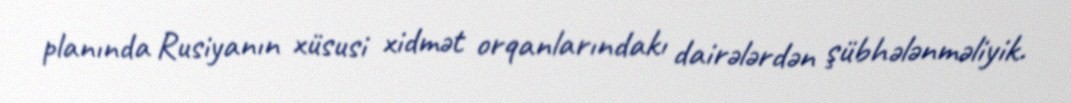
planında Rusiyanın xüsusi xidmət orqanlarındakı dairələrdən şübhələnməliyik.